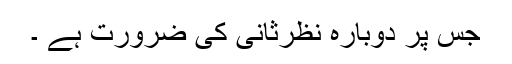
جس پر دوبارہ نظرثانی کی ضرورت ہے ۔